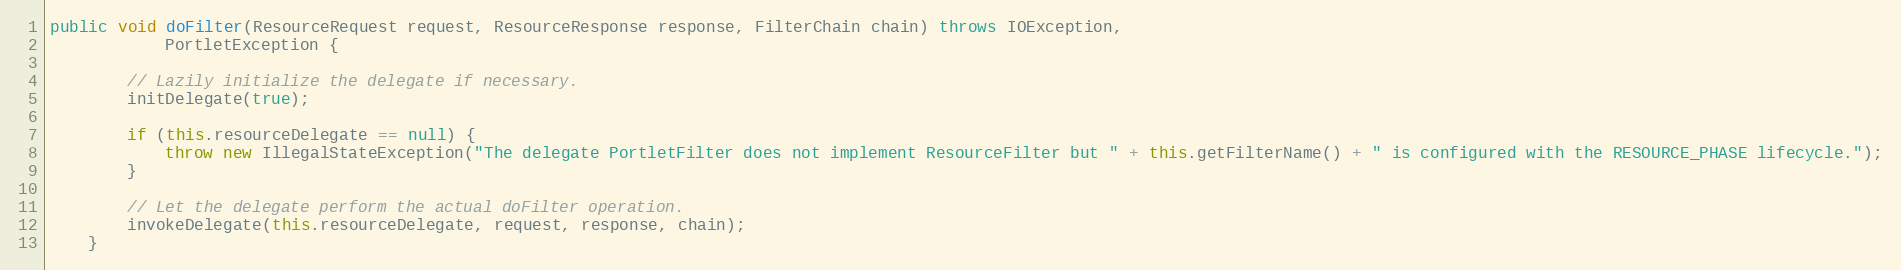
Language: Java
public void doFilter(ResourceRequest request, ResourceResponse response, FilterChain chain) throws IOException,
            PortletException {

        // Lazily initialize the delegate if necessary.
        initDelegate(true);

        if (this.resourceDelegate == null) {
            throw new IllegalStateException("The delegate PortletFilter does not implement ResourceFilter but " + this.getFilterName() + " is configured with the RESOURCE_PHASE lifecycle.");
        }

        // Let the delegate perform the actual doFilter operation.
        invokeDelegate(this.resourceDelegate, request, response, chain);
    }